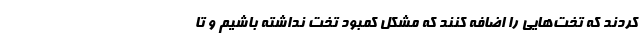
کردند که تخت‌هایی را اضافه کنند که مشکل کمبود تخت نداشته باشیم و تا